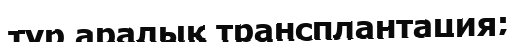
түр аралық трансплантация;